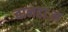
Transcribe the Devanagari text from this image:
वानहाःन